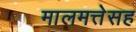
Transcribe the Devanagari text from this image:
मालमत्तेसह